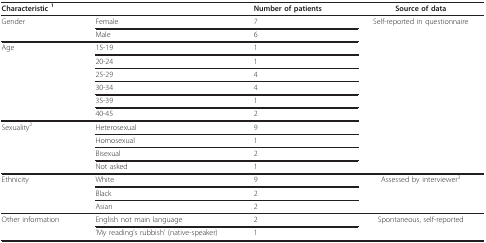
| <COLSPAN=2> Characteristic 1 | Number of patients | Source of data |
 | --- | --- | --- | --- |
 | Gender | Female | 7 | Self-reported in questionnaire |
 |  | Male | 6 |  |
 | Age | 15-19 | 1 |  |
 |  | 20-24 | 1 |  |
 |  | 25-29 | 4 |  |
 |  | 30-34 | 4 |  |
 |  | 35-39 | 1 |  |
 |  | 40-45 | 2 |  |
 | Sexuality2 | Heterosexual | 9 |  |
 |  | Homosexual | 1 |  |
 |  | Bisexual | 2 |  |
 |  | Not asked | 1 |  |
 | Ethnicity | White | 9 | Assessed by interviewer3 |
 |  | Black | 2 |  |
 |  | Asian | 2 |  |
 | Other information | English not main language | 2 | Spontaneous, self-reported |
 |  | 'My reading's rubbish' (native-speaker) | 1 |  |